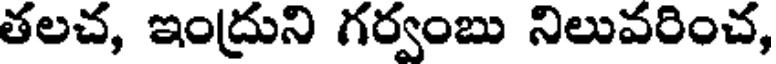
తలచ, ఇంద్రుని గర్వంబు నిలువరించ,